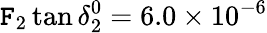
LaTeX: \mathtt{F}_{2}\tan{\delta_{2}^{0}={6.0\times10}^{-6}}